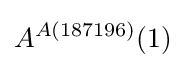
A^{A(187196)}(1)